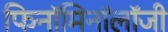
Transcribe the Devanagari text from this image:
फिनॉमिनॉलॉजी